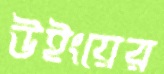
উইংয়ের